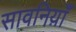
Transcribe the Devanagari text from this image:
सावनिय़ाँ